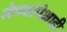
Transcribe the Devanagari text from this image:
लेण्यांपेक्षाही